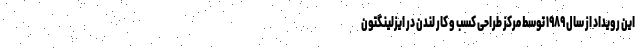
این رویداد از سال ۱۹۸۹ توسط مرکز طراحی کسب و کار لندن در ایزلینگتون